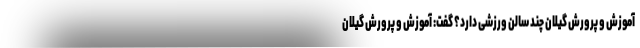
آموزش و پرورش گیلان چند سالن ورزشی دارد؟ گفت: آموزش و پرورش گیلان